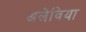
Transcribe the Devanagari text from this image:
अलेविया